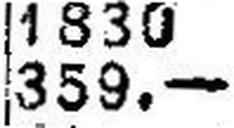
359.—